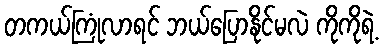
တကယ်ကြုံလာရင် ဘယ်ပြောနိုင်မလဲ ကိုကိုရဲ့